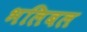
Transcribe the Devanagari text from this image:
भलिबल